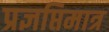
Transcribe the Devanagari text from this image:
प्रज्ञप्तिमात्र